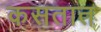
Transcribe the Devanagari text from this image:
कसतात